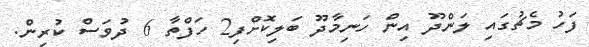
ފަހު މެޗުގައި ލަންދޫ އިން ހަނިމާދޫ ބަލިކޮށްފި2 ހަފްތާ 6 ދުވަސް ކުރިން.